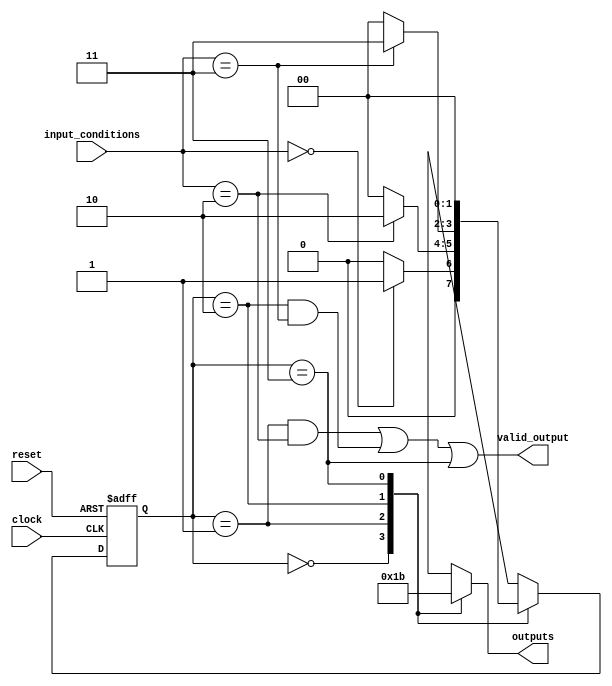
module state_machine(
    input wire clock,
    input wire reset,
    input wire [2:0] input_conditions,
    output reg [1:0] outputs,
    output wire valid_output
);

// State encoding
parameter STATE_A = 2'b00;
parameter STATE_B = 2'b01;
parameter STATE_C = 2'b10;
parameter STATE_D = 2'b11;

// State registers
reg [1:0] current_state, next_state;

// Next state logic
always @(posedge clock or posedge reset) begin
    if (reset) begin
        current_state <= STATE_A;
    end else begin
        current_state <= next_state;
    end
end

always @(*) begin
    case(current_state)
        STATE_A: begin
            if (input_conditions == 3'b000)
                next_state <= STATE_B;
            else
                next_state <= STATE_A;
        end
        STATE_B: begin
            if (input_conditions == 3'b010)
                next_state <= STATE_C;
            else
                next_state <= STATE_A;
        end
        STATE_C: begin
            if (input_conditions == 3'b011)
                next_state <= STATE_D;
            else
                next_state <= STATE_A;
        end
        STATE_D: begin
            next_state <= STATE_A;
        end
    endcase
end

// Output logic
always @(*) begin
    case(current_state)
        STATE_A: outputs = 2'b00;
        STATE_B: outputs = 2'b01;
        STATE_C: outputs = 2'b10;
        STATE_D: outputs = 2'b11;
    endcase
end

// Priority encoding logic
assign valid_output = ((current_state == STATE_B && input_conditions == 3'b010) ||
                        (current_state == STATE_C && input_conditions == 3'b011) ||
                        (current_state == STATE_D));

endmodule